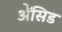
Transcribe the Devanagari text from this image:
ॲेसिड